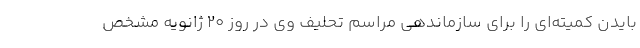
بایدن کمیته‌ای را برای سازماندهی مراسم تحلیف وی در روز ۲۰ ژانویه مشخص